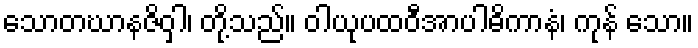
သောတဃာနဇိဝှါ၊ တို့သည်။ ဝါယုပထဝီအာပါဓိကာနံ၊ ကုန် သော။